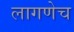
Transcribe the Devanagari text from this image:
लागणेच